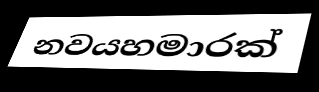
නවයහමාරක්